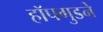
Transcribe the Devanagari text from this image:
हॉपगुडने